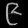
Digit: ၉